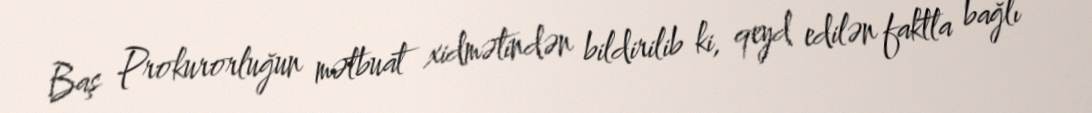
Baş Prokurorluğun mətbuat xidmətindən bildirilib ki, qeyd edilən faktla bağlı